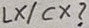
Text: LX/CX?